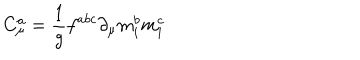
C _ { \mu } ^ { a } = \frac 1 g f ^ { a b c } \partial _ { \mu } m _ { i } ^ { b } m _ { i } ^ { c }